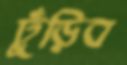
ঢুঁড়িব